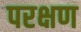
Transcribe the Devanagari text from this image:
परक्षण